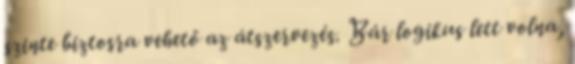
szinte biztosra vehető az átszervezés. Bár logikus lett volna,